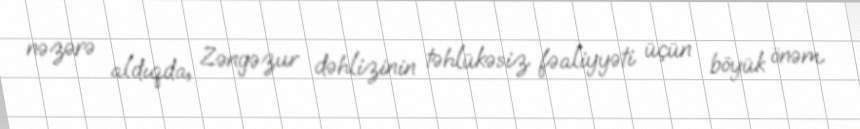
nəzərə aldıqda, Zəngəzur dəhlizinin təhlükəsiz fəaliyyəti üçün böyük önəm